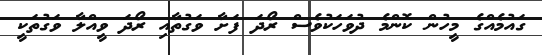
ގައުމެއްގެ މީހުން ކޮންމެ ދުވަހަކުވެސް ރޯދަ ފަށާ ވަގުތާއި ރޯދަ ވީއްލާ ވަގުތަކީ